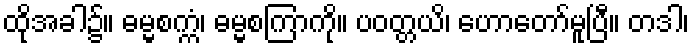
ထိုအခါ၌။ ဓမ္မစက္ကံ၊ ဓမ္မစကြာကို။ ပဝတ္တယိ၊ ဟောတော်မူပြီ။ တဒါ၊